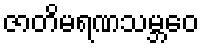
ဇာတိမရဏသမ္ဘဝေ